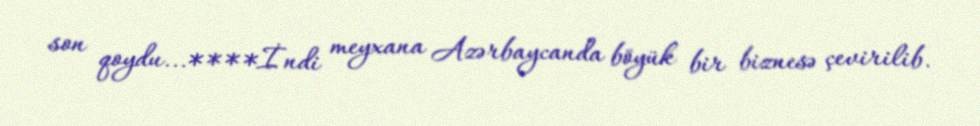
son qoydu...****İndi meyxana Azərbaycanda böyük bir biznesə çevirilib.